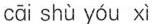
cāi shù yóu xì